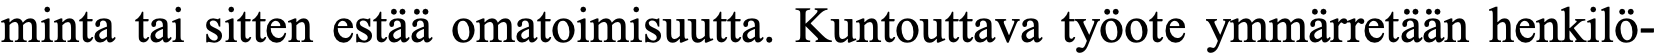
minta tai sitten estää omatoimisuutta. Kuntouttava työote ymmärretään henkilö-